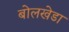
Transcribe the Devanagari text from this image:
बोलखेडा